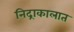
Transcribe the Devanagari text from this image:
निद्राकालात